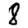
Digit: 8